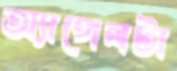
অ্যাঙ্গেলটা